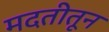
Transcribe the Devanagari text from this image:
मदतीतून